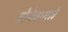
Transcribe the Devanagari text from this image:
होनेवामले